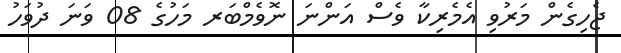
ޖެހިގެން މަރުވި އެމެރިކާ ވެސް އަންނަ ނޮވެމްބަރ މަހުގެ 08 ވަނަ ދުވަހު